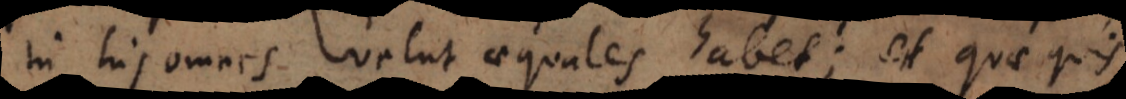
in his omnes velut aequales habet; et quae quis